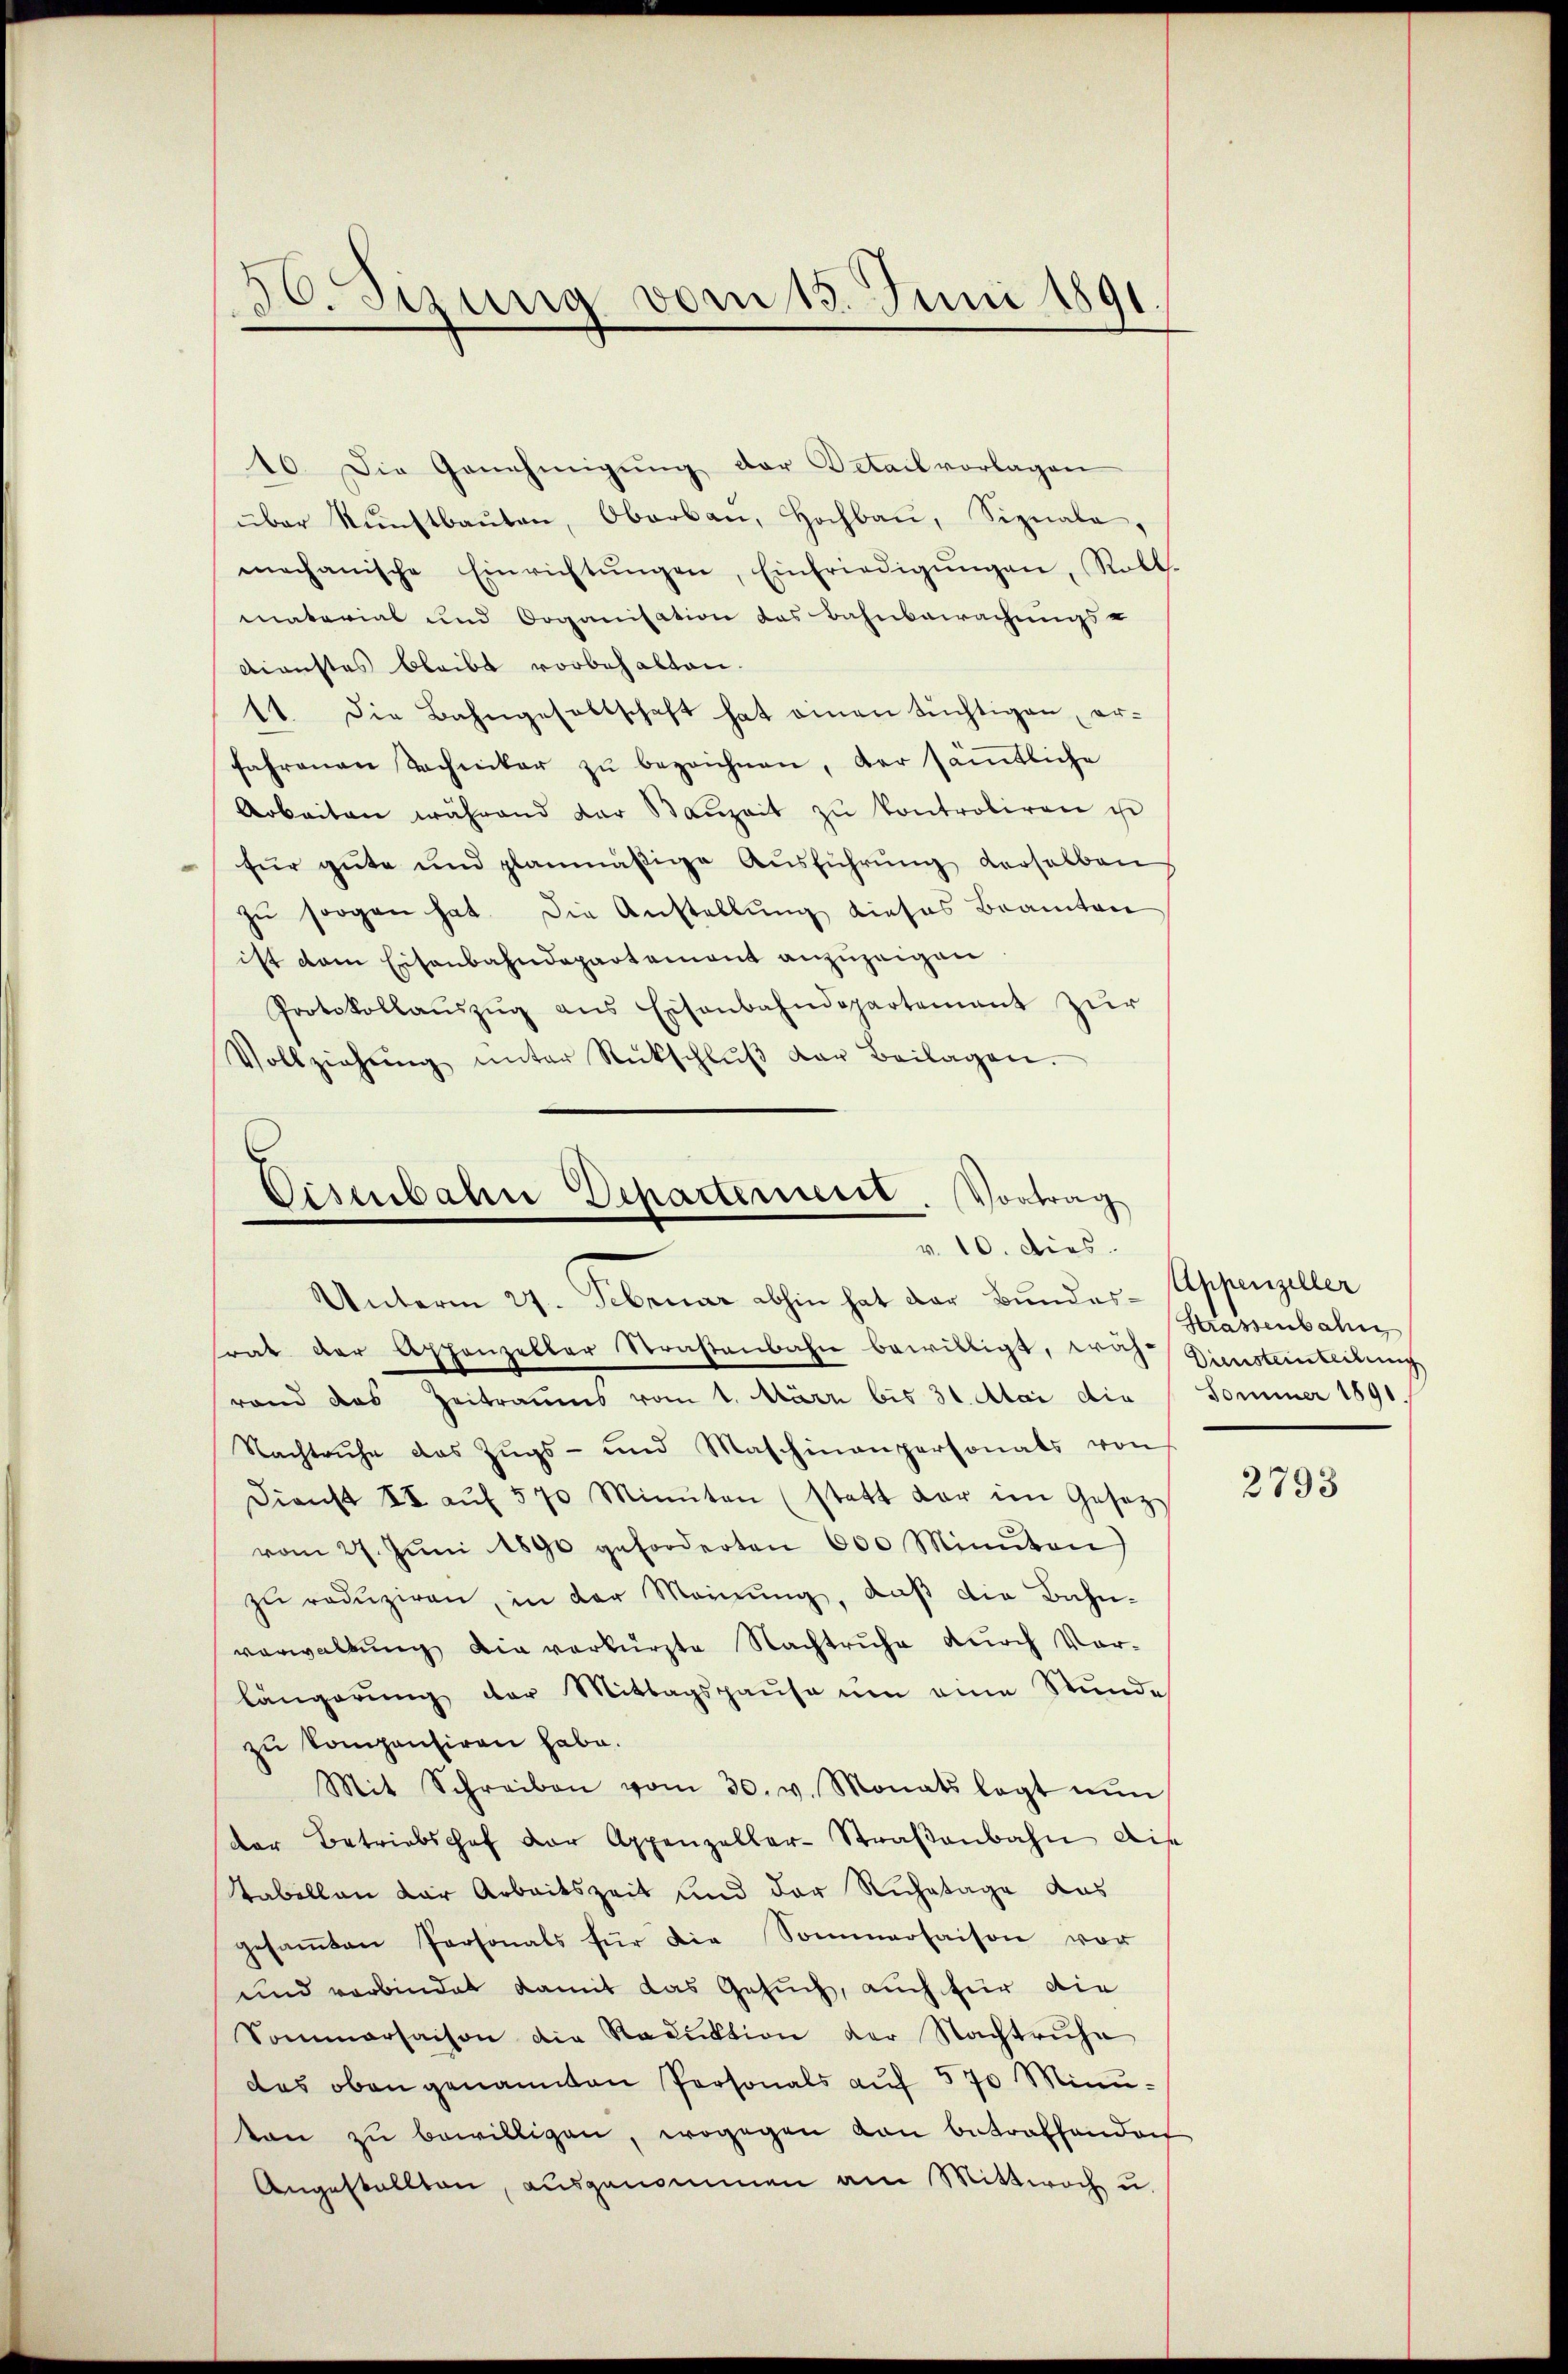
50. Sizung vom 15. Juni 1891.

10. Die Genehmigŭng der Detailvorlagen
über Nŭnstbaŭten, Oberbau, Hochbaŭ, Signale,
mechanische Einrichtŭngen, Einfriedigŭngen, Roll.
material und Organisation das Bahnbewachungs-
Dienstes bleibt vorbehalten.
11. Die Bahngesellschaft hat einen tüchtigen, erfahrenen Techniker zŭ bezeichnen, der sämtliche
Arbeiten während der Baŭzeit zŭ kontroliren ist
für gute und planmäßige Aŭsführŭng derselben
zŭ sorgen hat. Die Anstellung dieses Beamten
ist dem Eisenbahndepartement anzuzeigen
Protokollaŭszŭg ans Eisenbahndepartement zŭr
Vollziehŭng ŭnter Rückschlŭβ der Beilagen.

Eisenbahn Departement. Vortrag
v. 10. dies

Unterm 27. Februar abhin hat der Bundes- Appenzeller
srat der Appenzeller Straßenbahn bewilligt, was Diensteinteilung
rand das Zeitraums vom 1. März bis 31. Mai die
Nachtruhe das Zŭgs- und Maschinanpersonals von
Dienst II aŭf 570 Minuten (statt der im Gesetz
vom 27. Jŭni 1890 geforderten 600 Minuten)
zu reduziren, in der Meinung, daß die Bahnverwaltung die verkürzte Nachtruhe durch Vorlängerung der Mittagspause um eine Stunde
zu kompensiren habe.
Mit Schreiben vom 30. v. Monats legt nŭn
der Betriebschaf der Appenzellar-Straβenbahn dis
Tabellan der Arbeitszeit und der Ruhetage das
gesaṁten Personals für die Sommerhaison vor
und verbindet damit das Gesuch, auch für die
Sommersaison die Reduktion der Nachtruhe
des oben genannten Personals auf 570 Minuton zu bewilligen, wogegen von betraffendoch
Angestallten, ausgenommen am Mittwoch u.

Strassenbahn
Sommer 1891.

2793